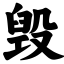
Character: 毁